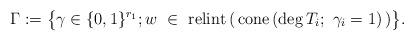
LaTeX: \begin{align*} \Gamma:=\big\{ \gamma\in \{0,1\}^{r_1}; w\ \in\ \mathrm{relint}\,(\, \mathrm{cone}\left(\deg T_i;~\gamma_i=1\right) \,) \big\}.\end{align*}